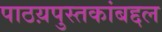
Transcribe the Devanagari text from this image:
पाठय़पुस्तकांबद्दल